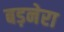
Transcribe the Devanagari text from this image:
बड़नेरा